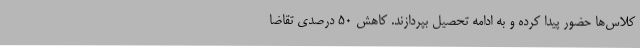
کلاس‌ها حضور پیدا کرده و به ادامه‌ تحصیل بپردازند. کاهش 50 درصدی تقاضا